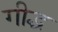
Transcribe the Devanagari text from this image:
गीद्ध